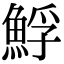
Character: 䱐